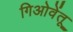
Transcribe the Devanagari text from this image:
गिओवेंतू